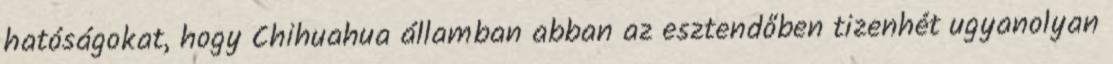
hatóságokat, hogy Chihuahua államban abban az esztendőben tizenhét ugyanolyan